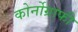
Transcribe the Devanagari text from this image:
कोर्नोग्राफी